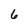
Character: 6